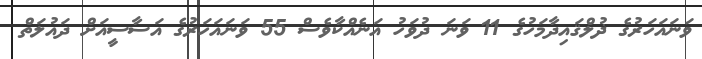
ވަނައަހަރުގެ ޛުލްޤައިދާމަހުގެ 11 ވަނަ ދުވަހު އަނެއްކާވެސް 55 ވަނައަހަރުގެ އަސާސީއަށް ދައުލަތް